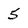
Character: 5